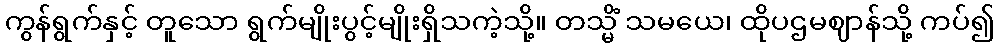
ကွန်ရွက်နှင့် တူသော ရွက်မျိုးပွင့်မျိုးရှိသကဲ့သို့။ တသ္မိံ သမယေ၊ ထိုပဌမဈာန်သို့ ကပ်၍